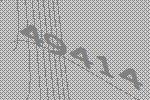
49414